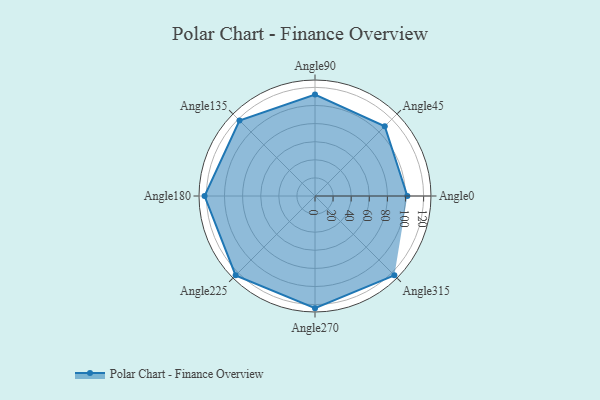
{"axis": {"x": "Angle", "y": "Radius"}, "legend": [""], "data": [{"x": "Angle0", "y": 102.0, "type": ""}, {"x": "Angle45", "y": 109.0, "type": ""}, {"x": "Angle90", "y": 112.0, "type": ""}, {"x": "Angle135", "y": 118.0, "type": ""}, {"x": "Angle180", "y": 122.0, "type": ""}, {"x": "Angle225", "y": 124.0, "type": ""}, {"x": "Angle270", "y": 124.0, "type": ""}, {"x": "Angle315", "y": 124.0, "type": ""}]}